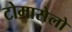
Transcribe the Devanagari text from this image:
टोमासेलो